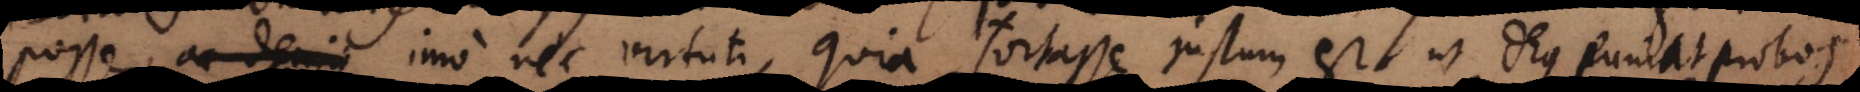
posse, ac denique imo nec virtuti, quia fortasse justum est, ut Deus puniat probos